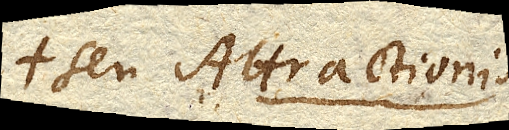
seu Attractionis